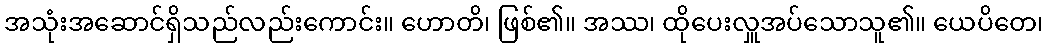
အသုံးအဆောင်ရှိသည်လည်းကောင်း။ ဟောတိ၊ ဖြစ်၏။ အဿ၊ ထိုပေးလှူအပ်သောသူ၏။ ယေပိတေ၊